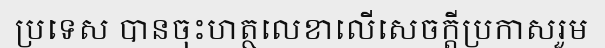
ប្រទេស បានចុះហត្ថលេខាលើសេចក្តីប្រកាសរួម